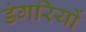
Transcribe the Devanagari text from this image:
डंगरियों